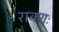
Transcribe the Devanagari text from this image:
रावणः